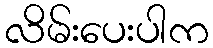
လိမ်းပေးပါက